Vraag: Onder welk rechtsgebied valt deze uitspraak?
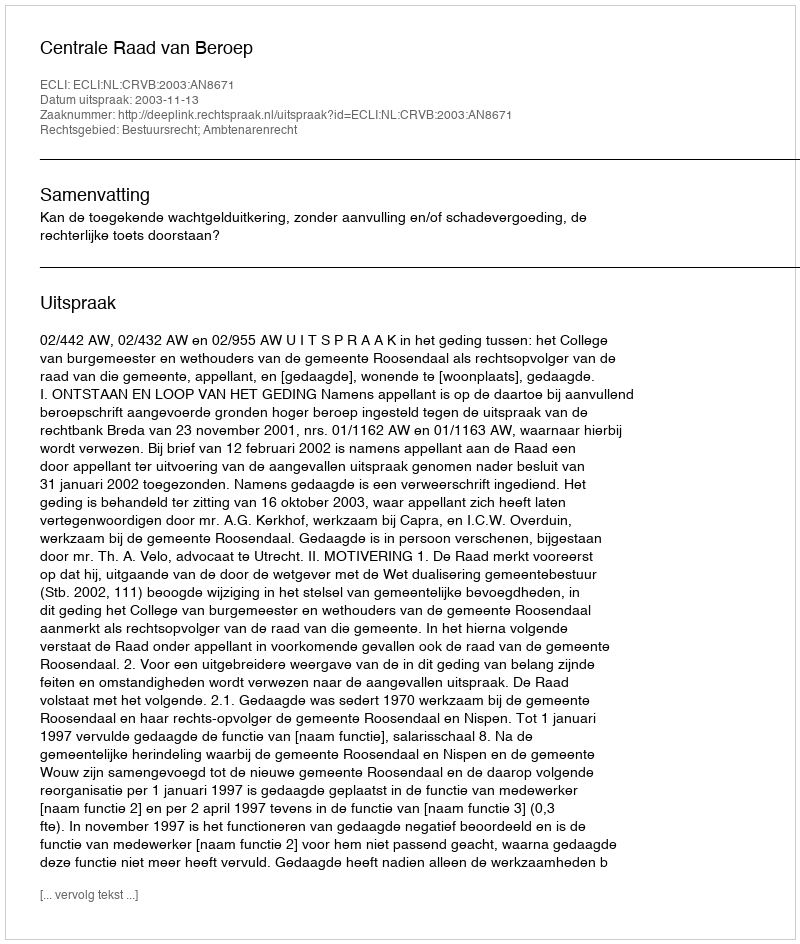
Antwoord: Bestuursrecht; Ambtenarenrecht